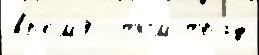
вр'е́м'я  том трад